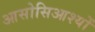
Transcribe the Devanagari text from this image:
आसोसिआश्यों